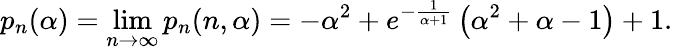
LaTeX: p_{n}(\alpha)=\operatorname*{lim}_{n\to\infty}p_{n}(n,\alpha)=-\alpha^{2}+e^{-\frac{1}{\alpha+1}}\left(\alpha^{2}+\alpha-1\right)+1.